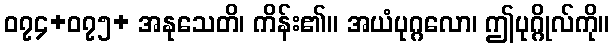
၀၇၄+၀၇၅+ အနုသေတိ၊ ကိန်း၏။ အယံပုဂ္ဂလော၊ ဤပုဂ္ဂိုလ်ကို။